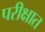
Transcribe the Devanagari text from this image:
परीक्षात